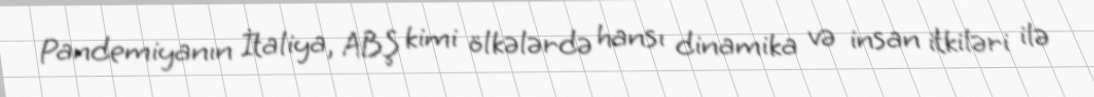
Pandemiyanın İtaliya, ABŞ kimi ölkələrdə hansı dinamika və insan itkiləri ilə